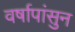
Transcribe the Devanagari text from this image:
वर्षापांसुन